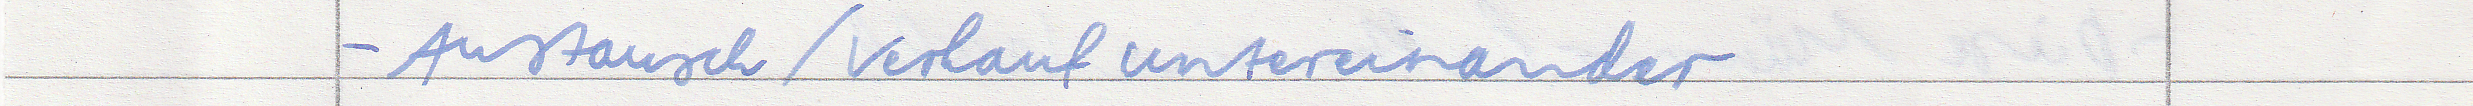
- Austausch / Verkauf untereinander